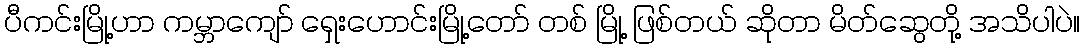
ပီကင်းမြို့ဟာ ကမ္ဘာကျော် ရှေးဟောင်းမြို့တော် တစ် မြို့ ဖြစ်တယ် ဆိုတာ မိတ်ဆွေတို့ အသိပါပဲ။